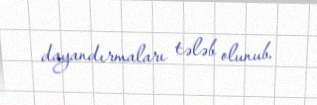
dayandırmaları tələb olunub.